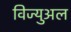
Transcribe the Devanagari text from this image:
विज्युअल